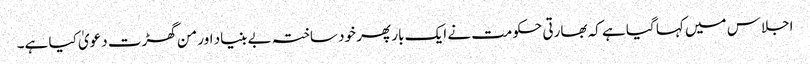
اجلاس میں کہا گیا ہے کہ بھارتی حکومت نے ایک بار پھر خود ساختہ بے بنیاد اور من گھڑت دعویٰ کیا ہے۔